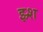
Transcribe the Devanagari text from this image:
झ्र्श